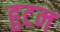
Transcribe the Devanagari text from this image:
हुटन